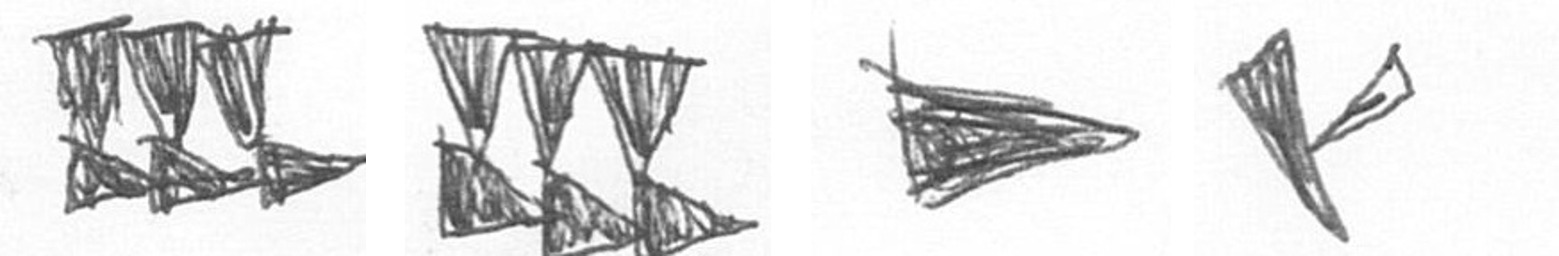
D D T F